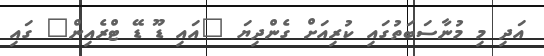
އަދި މި މުނާސަބަތުގައި ކުރިއަށް ގެންދިޔަ "އައި ޑޫ ޑޭ ޓްރެއިން" ގައި